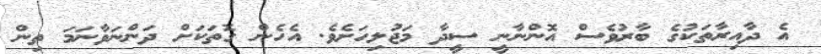
އެ ދާއިރާތަކުގެ ބާރުވެސް އޮންނާނީ ސީދާ މަޖުލިހަށެވެ. އެހެން ގޮތަކަށް ދަންނަވާނަމަ ތިން